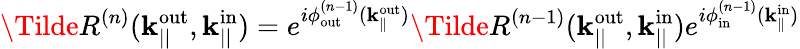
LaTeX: \Tilde{R}^{(n)}(\mathbf{k}_{||}^{\mathrm{out}},\mathbf{k}_{||}^{\mathrm{in}})=e^{i\phi_{\mathrm{out}}^{(n-1)}(\mathbf{k}_{\parallel}^{\mathrm{out}})}\Tilde{R}^{(n-1)}(\mathbf{k}_{||}^{\mathrm{out}},\mathbf{k}_{||}^{\mathrm{in}})e^{i\phi_{\mathrm{in}}^{(n-1)}(\mathbf{k}_{\parallel}^{\mathrm{in}})}